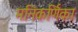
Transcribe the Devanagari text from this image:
मनिकर्णिका